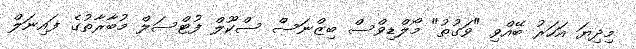
މިދިޔަ އަހަރު ބޭއްވި "ވަގުތު" މޯލްޑިވްސް ބިޒްނަސް ސްކޫލް ފުޓްސަލް މުބާރާތުގެ ފައިނަލް